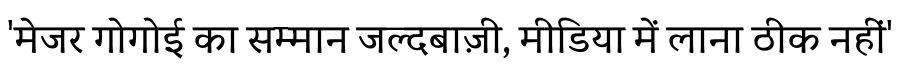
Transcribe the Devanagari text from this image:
'मेजर गोगोई का सम्मान जल्दबाज़ी, मीडिया में लाना ठीक नहीं'